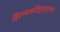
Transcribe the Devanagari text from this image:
हिरण्यकशिपुतनुभृग्ङंम्।